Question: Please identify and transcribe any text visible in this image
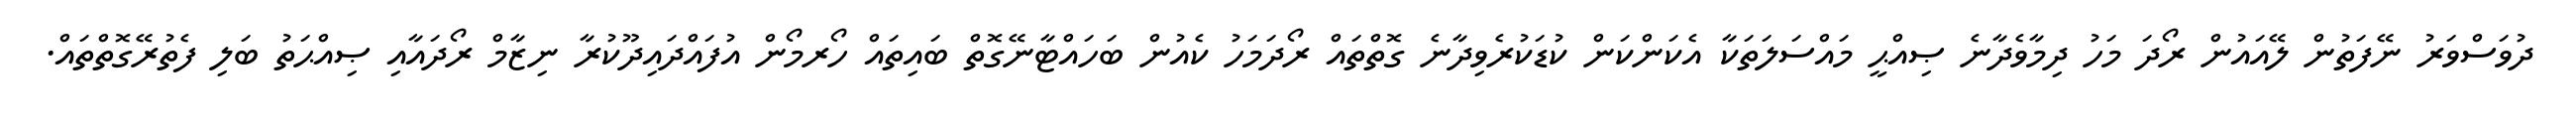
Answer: ދުވަސްވަރު ނޭފަތުން ލޭއައުން ރޯދަ މަހު ދިމާވެދާނެ ޞިއްޙީ މައްސަލަތަކާ އެކަންކަން ކުޑަކުރެވިދާނެ ގޮތްތައް ރޯދަމަހު ކެއުން ބަހައްޓާނޭގޮތް ބައިތައް ހޯރމޯން އުފައްދައިދޫކުރާ ނިޒާމް ރޯދައާއި ޞިއްޙަތު ބަލި ފެތުރޭގޮތްތައް.